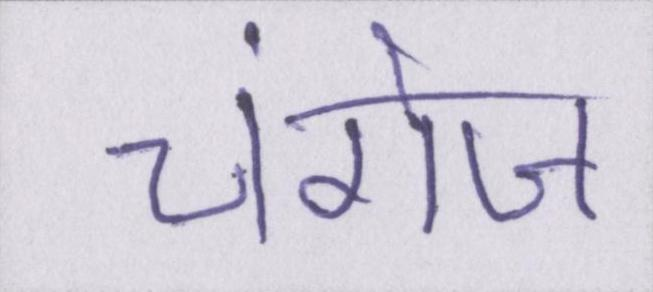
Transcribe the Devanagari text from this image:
चंगेज